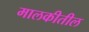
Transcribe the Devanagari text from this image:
मालकीतील